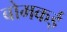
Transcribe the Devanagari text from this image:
बोमकई